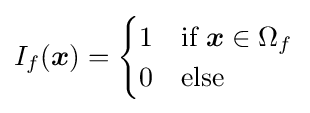
I_{f}({\boldsymbol {x}})={\begin{cases}1&{\text{if }}{\boldsymbol {x}}\in \Omega _{f}\\0&{\text{else}}\end{cases}}